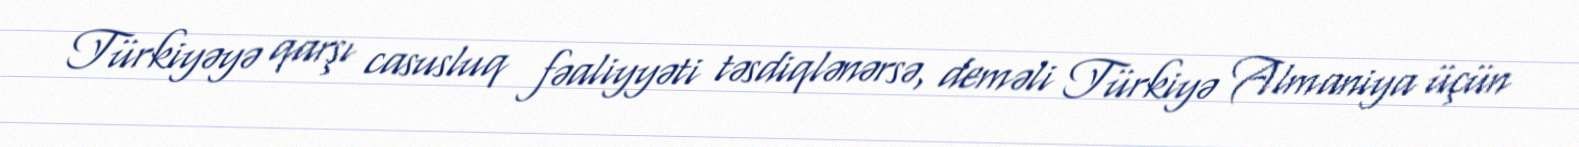
Türkiyəyə qarşı casusluq fəaliyyəti təsdiqlənərsə, deməli Türkiyə Almaniya üçün